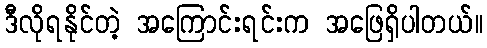
ဒီလိုရနိုင်တဲ့ အကြောင်းရင်းက အဖြေရှိပါတယ်။